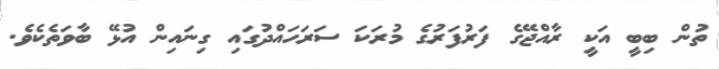
ތުން ބިބީ އަކީ ރާއްޖޭގެ ފަރުފަރުގެ މުރަކަ ސަރަހައްދުގައި ގިނައިން އުޅޭ ބާވަތެކެވެ.